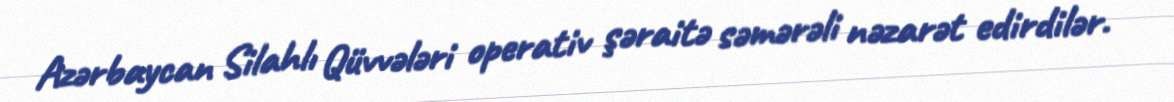
Azərbaycan Silahlı Qüvvələri operativ şəraitə səmərəli nəzarət edirdilər.